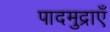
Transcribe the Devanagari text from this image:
पादमुद्राएँ